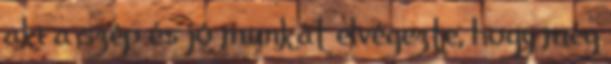
aki a szép és jó munkát elvégezte, hogy még